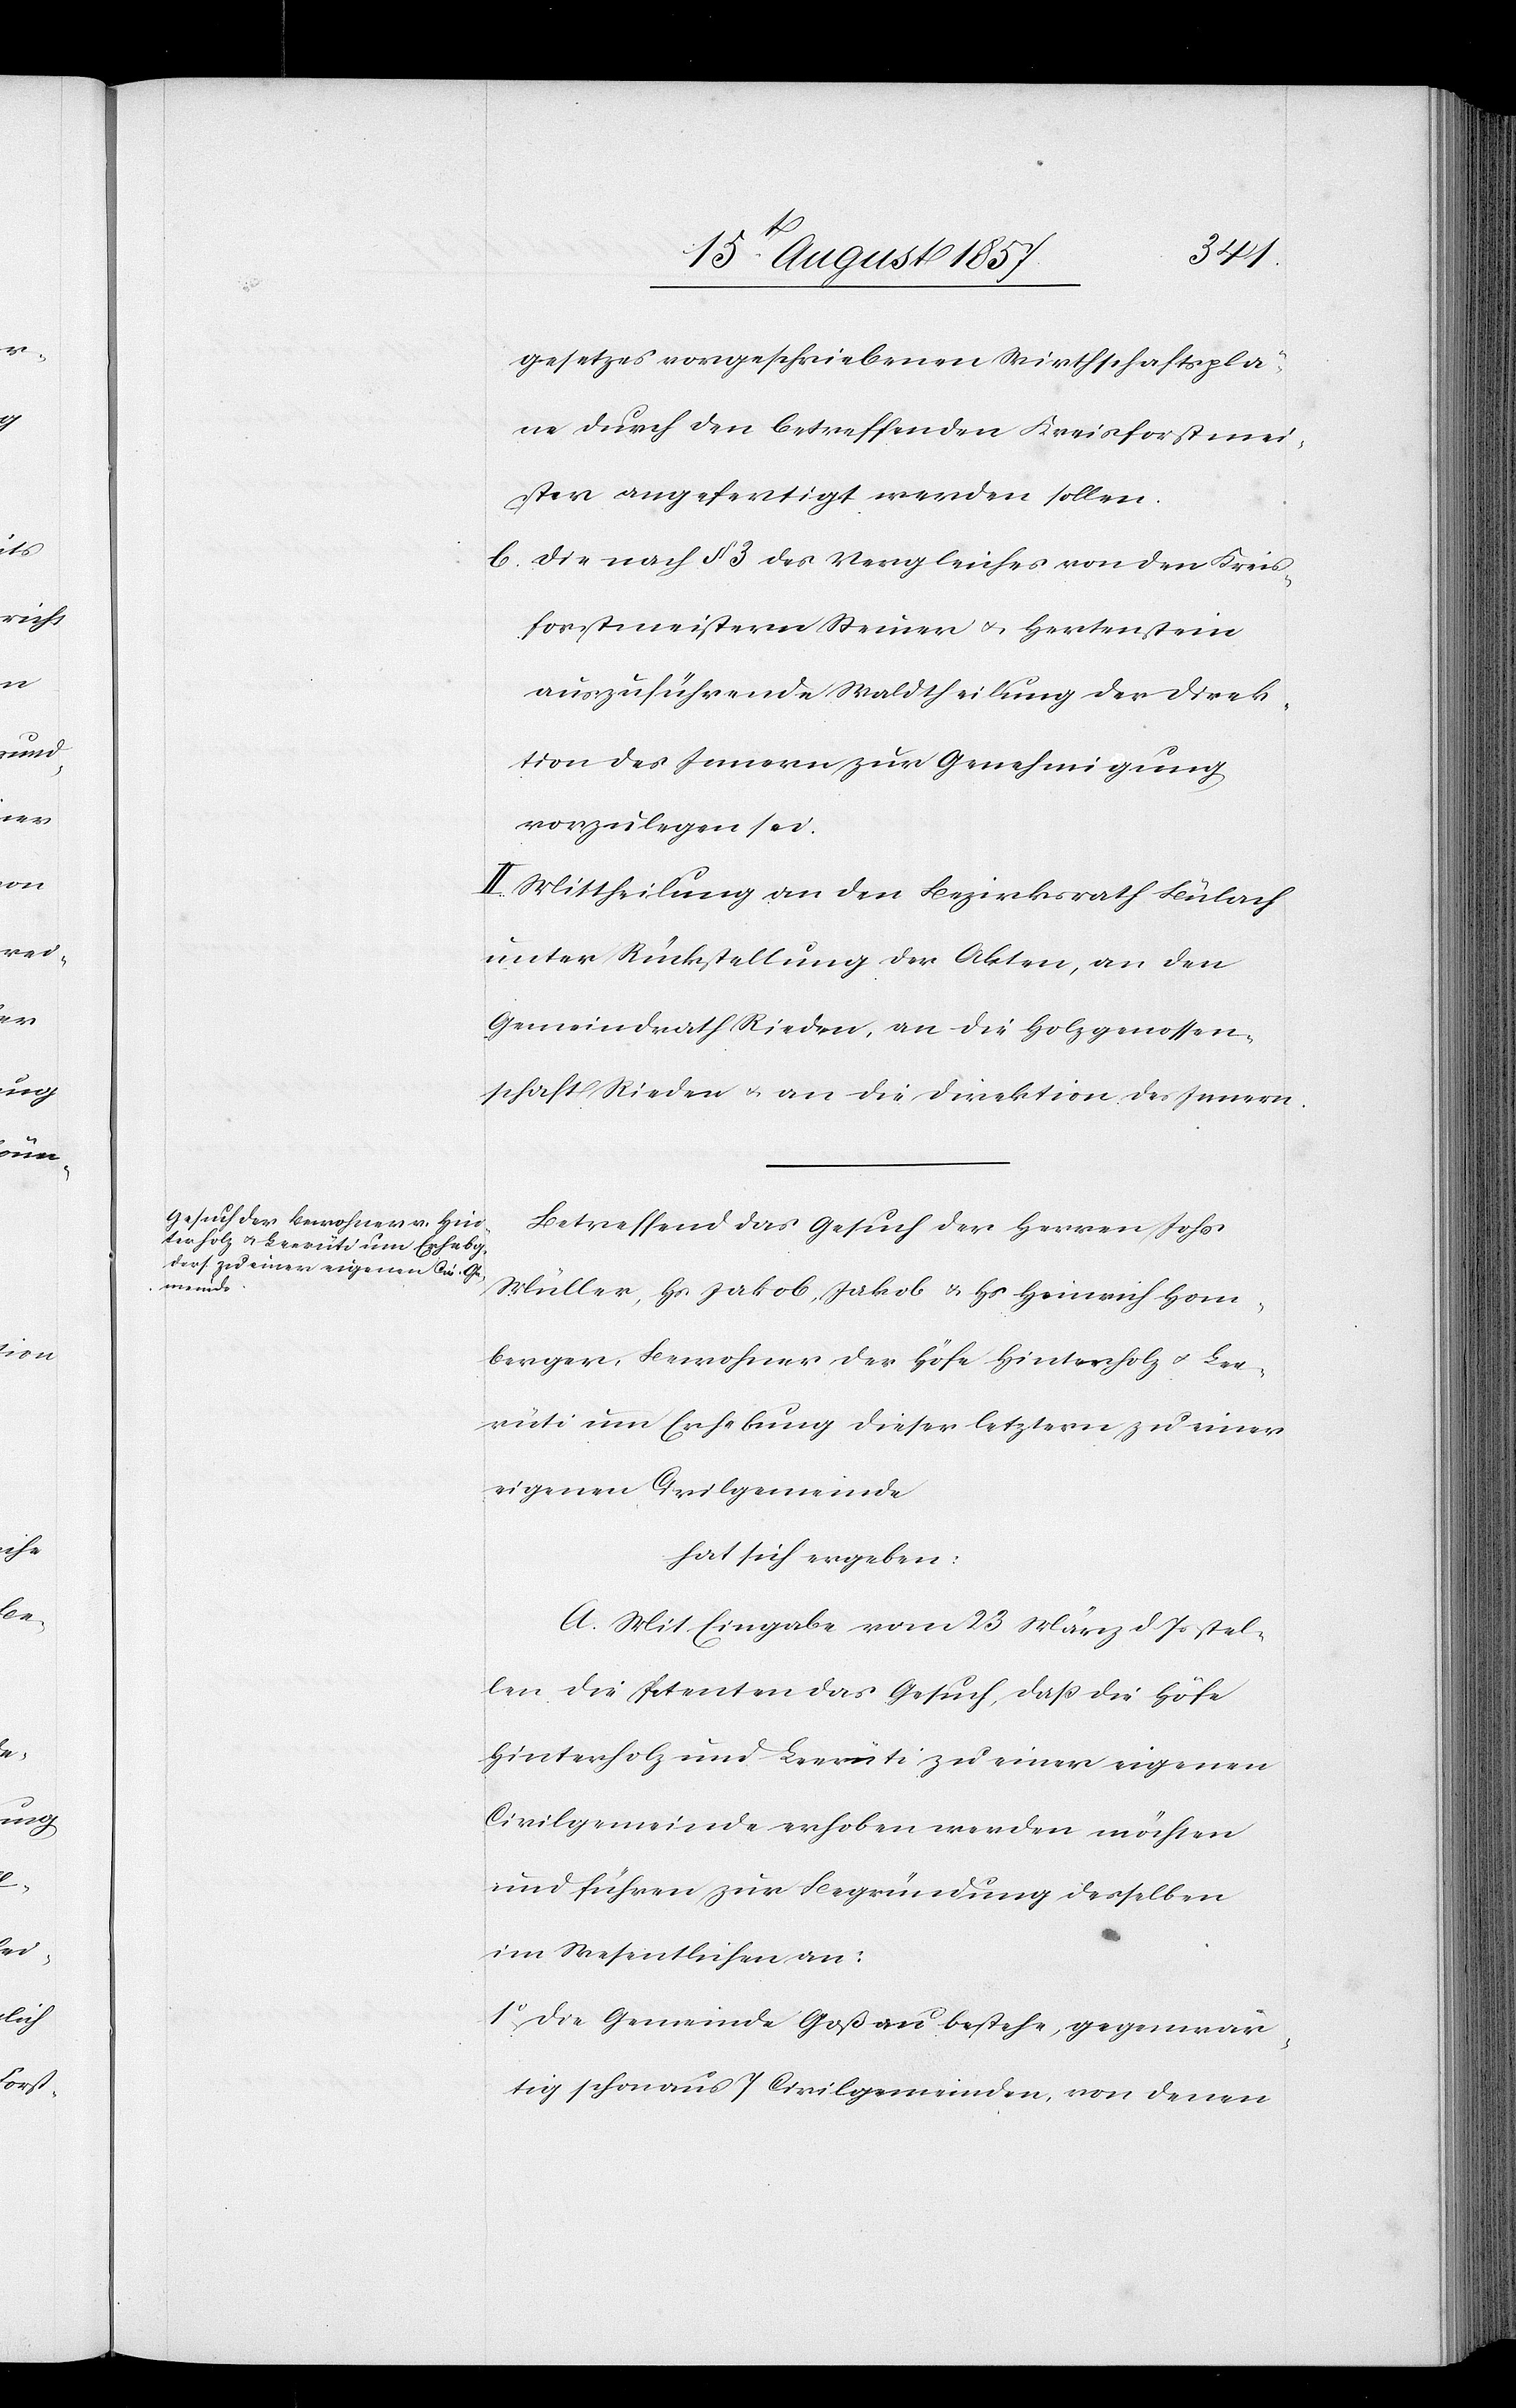
gesetzes vorgeschriebenen Wirthschaftsplä¬
ne durch den betreffenden Kreisforstmei¬
ster angefertigt werden sollen.
b) die nach § 3 des Vergleiches von den Kreis¬
forstmeistern Steiner & Hertenstein
auszuführende Waldtheilung der Direk¬
tion des Innern zur Genehmigung
vorzulegen sei.
II. Mittheilung an den Bezirksrath Bülach
unter Rückstellung der Akten, an den
Gemeindrath Rieden, an die Holzgenossen¬
schaft Rieden & an die Direktion des Innern.
Betreffend das Gesuch der Herren Johs.
Müller, Hs. Jakob & Hs. Heinrich Hom¬
berger, Bewohner der Höfe Hinterholz & Lee¬
rüti um Erhebung dieser letztern zu einer
eigenen Civilgemeinde
hat sich ergeben:
A. Mit Eingabe vom 23 März d. Js. stel¬
len die Petenten das Gesuch, daß die Höfe
Hinterholz und Leerüti zu einer eigenen
Civilgemeinde erhoben werden möchten
und führen zur Begründung derselben
im Wesentlichen an:
1o Die Gemeinde Goßau bestehe, gegenwär¬
tig schon aus 7 Civilgemeinden, von denen